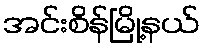
အင်းစိန်မြို့နယ်